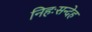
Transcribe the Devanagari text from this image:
निहःसन्देह